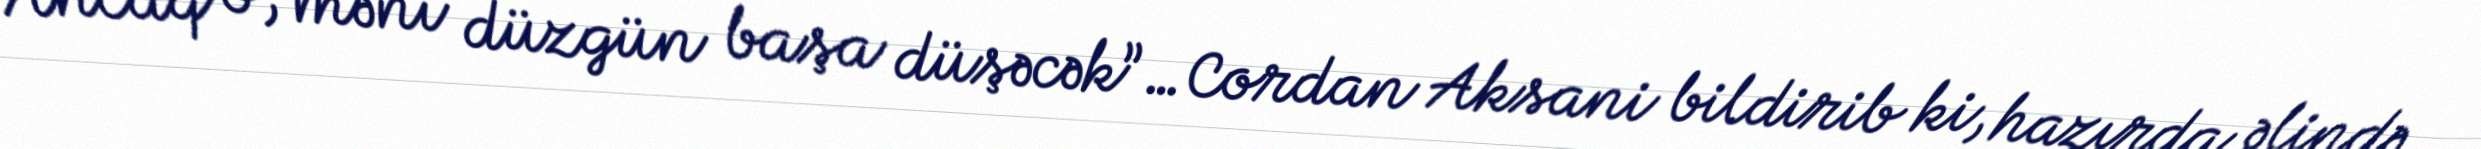
Ancaq o, məni düzgün başa düşəcək”…Cordan Aksani bildirib ki, hazırda əlində